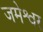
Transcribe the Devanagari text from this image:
जमेश्वर